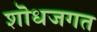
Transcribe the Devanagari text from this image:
शॊधजगत